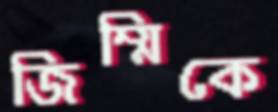
জিম্মিকে